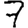
Digit: 7